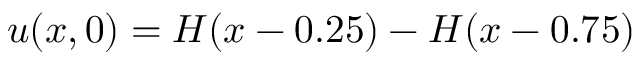
u ( x , 0 ) = H ( x - 0 . 2 5 ) - H ( x - 0 . 7 5 )